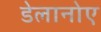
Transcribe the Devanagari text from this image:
डेलानोए